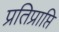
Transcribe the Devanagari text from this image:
प्रतिप्राप्ति